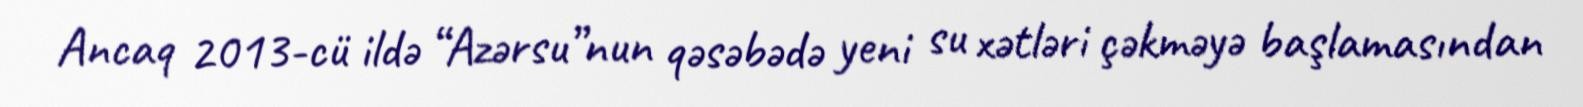
Ancaq 2013-cü ildə “Azərsu”nun qəsəbədə yeni su xətləri çəkməyə başlamasından